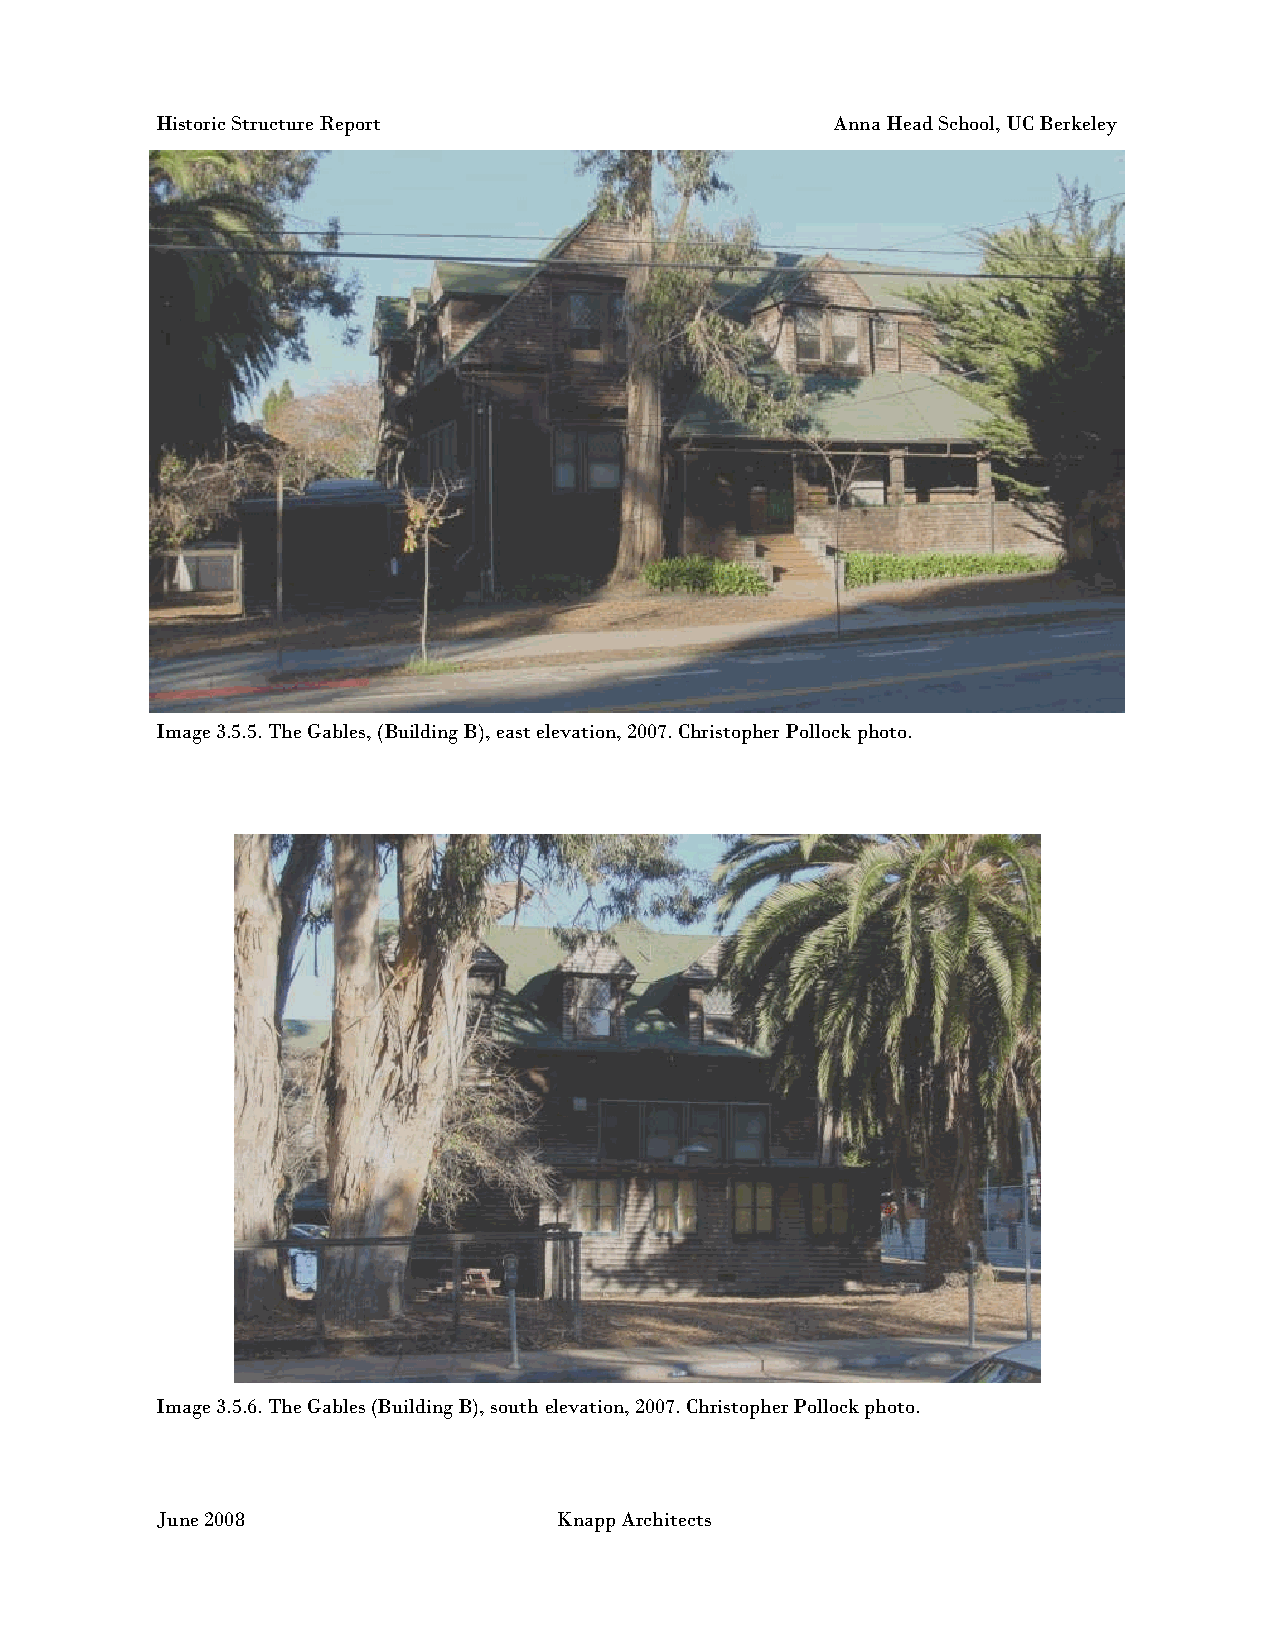
Historic Structure Report                    Anna Head School, UC Berkeley
 Image 3.5.5. The Gables, (Building B), east elevation, 2007. Christopher Pollock photo.
 Image 3.5.6. The Gables (Building B), south elevation, 2007. Christopher Pollock photo.
 June 2008                  Knapp Architects